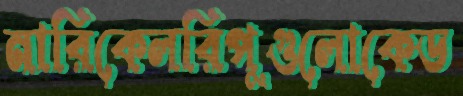
নারিকেলরিপুগুলোকেড